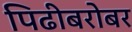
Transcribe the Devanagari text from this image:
पिढीबरोबर